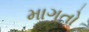
માગતો